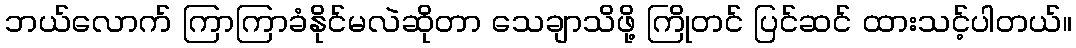
ဘယ်လောက် ကြာကြာခံနိုင်မလဲဆိုတာ သေချာသိဖို့ ကြိုတင် ပြင်ဆင် ထားသင့်ပါတယ်။